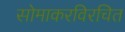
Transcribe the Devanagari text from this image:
सोमाकरविरचित